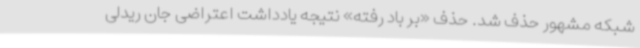
شبکه مشهور حذف شد. حذف «بر باد رفته» نتیجه یادداشت اعتراضی جان ریدلی